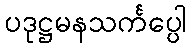
ပဒုဋ္ဌမနသင်္ကပ္ပေါ